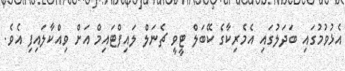
އެޅުވުމުގައި ބަދަލުގައި އެމެރިކާގެ ކޭބަލް ޓީވީ ޗެނަލް ލައިފްޓައިމް އަށް ވިއްކާލައިފި އެވެ.